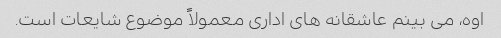
اوه، می بینم عاشقانه های اداری معمولاً موضوع شایعات است.